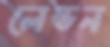
লেন্ডন